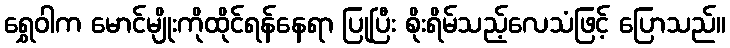
ရွှေဝါက မောင်မျိုးကိုထိုင်ရန်နေရာ ပြုပြီး စိုးရိမ်သည့်လေသံဖြင့် ပြောသည်။